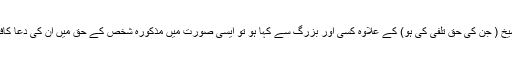
البتہ اگر اپنے شیخ کی حق تلفی کرکے، مذکورہ جملہ اپنے شیخ ( جن کی حق تلفی کی ہو) کے علاوہ کسی اور بزرگ سے کہا ہو تو ایسی صورت میں مذکورہ شخص کے حق میں ان کی دعا کافی نہ ہوگی، بلکہ اپنے شیخ سے معافی مانگنا ضروری ہوگا۔